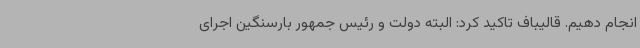
انجام دهیم. قالیباف تاکید کرد: البته دولت و رئیس جمهور بارسنگین اجرای